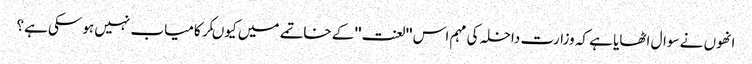
انھوں نے سوال اٹھایا ہے کہ وزارت داخلہ کی مہم اس ''لعنت'' کے خاتمے میں کیوںکر کامیاب نہیں ہوسکی ہے؟